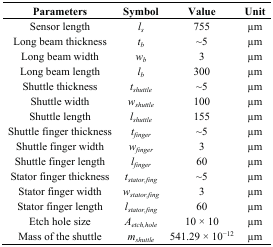
<table><thead><tr><td><b>Parameters</b></td><td><b>Symbol</b></td><td><b>Value</b></td><td><b>Unit</b></td></tr></thead><tbody><tr><td>Sensor length</td><td><i>l<sub>s</sub></i></td><td>755</td><td>μm</td></tr><tr><td>Long beam thickness</td><td><i>t<sub>b</sub></i></td><td>~5</td><td>μm</td></tr><tr><td>Long beam width</td><td><i>w<sub>b</sub></i></td><td>3</td><td>μm</td></tr><tr><td>Long beam length</td><td><i>l<sub>b</sub></i></td><td>300</td><td>μm</td></tr><tr><td>Shuttle thickness</td><td><i>t<sub>shuttle</sub></i></td><td>~5</td><td>μm</td></tr><tr><td>Shuttle width</td><td><i>w<sub>shuttle</sub></i></td><td>100</td><td>μm</td></tr><tr><td>Shuttle length</td><td><i>l<sub>shuttle</sub></i></td><td>155</td><td>μm</td></tr><tr><td>Shuttle finger thickness</td><td><i>t<sub>finger</sub></i></td><td>~5</td><td>μm</td></tr><tr><td>Shuttle finger width</td><td><i>w<sub>finger</sub></i></td><td>3</td><td>μm</td></tr><tr><td>Shuttle finger length</td><td><i>l<sub>finger</sub></i></td><td>60</td><td>μm</td></tr><tr><td>Stator finger thickness</td><td><i>t<sub>stator,fing</sub></i></td><td>~5</td><td>μm</td></tr><tr><td>Stator finger width</td><td><i>w<sub>stator,fing</sub></i></td><td>3</td><td>μm</td></tr><tr><td>Stator finger length</td><td><i>l<sub>stator,fing</sub></i></td><td>60</td><td>μm</td></tr><tr><td>Etch hole size</td><td><i>A<sub>etch,hole</sub></i></td><td>10 × 10</td><td>μm</td></tr><tr><td>Mass of the shuttle</td><td><i>m<sub>shuttle</sub></i></td><td>541.29 × 10<sup>−12</sup></td><td>μm</td></tr></tbody></table>